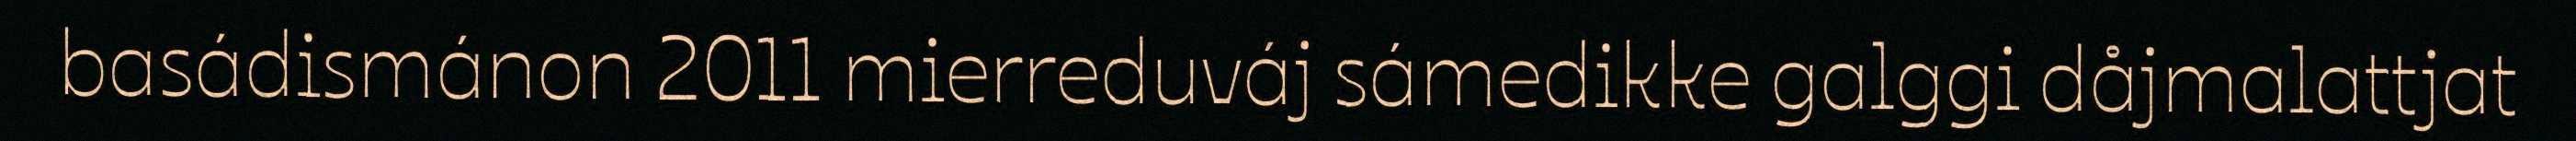
basádismánon 2011 mierreduváj sámedikke galggi dåjmalattjat